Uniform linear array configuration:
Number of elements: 8
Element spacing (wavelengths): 0.5
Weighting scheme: exponential
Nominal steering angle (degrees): -15
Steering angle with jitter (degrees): -15.053
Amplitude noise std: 0.05
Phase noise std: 0.05

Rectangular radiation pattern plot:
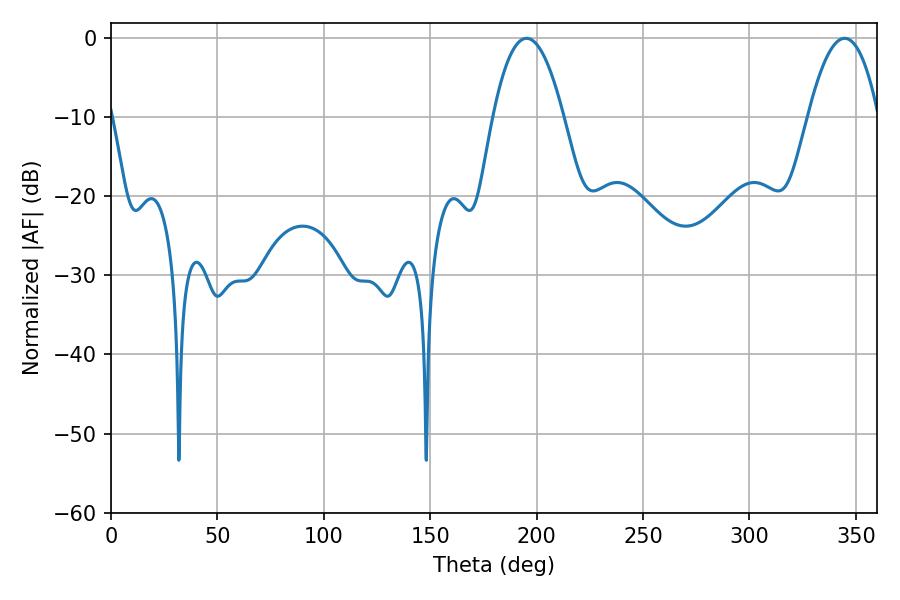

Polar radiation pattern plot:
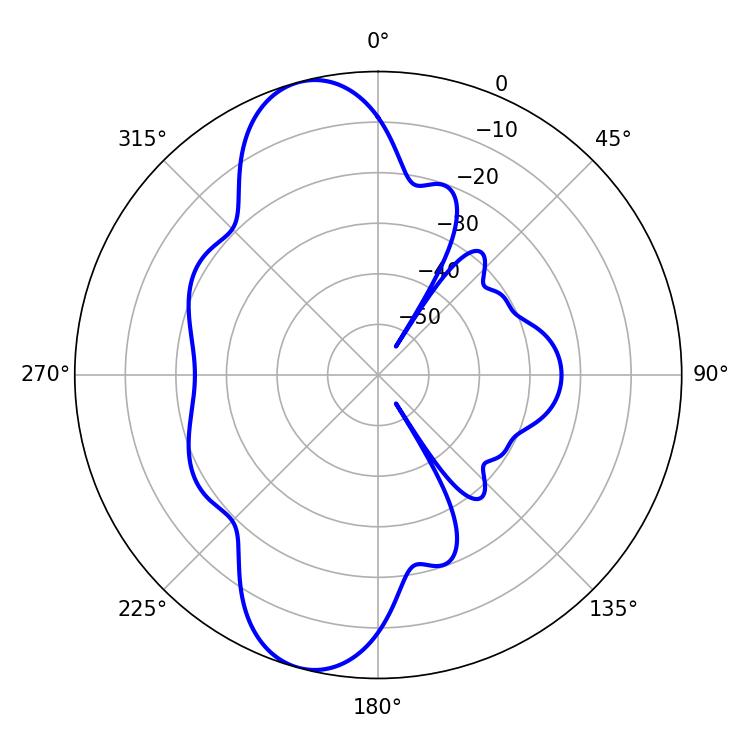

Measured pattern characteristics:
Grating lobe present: FALSE
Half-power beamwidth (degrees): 18.36
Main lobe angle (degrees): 195.3